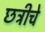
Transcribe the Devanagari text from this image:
छत्रीचे